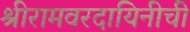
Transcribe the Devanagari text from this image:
श्रीरामवरदायिनीची